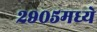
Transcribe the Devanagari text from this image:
२९०५मध्ये